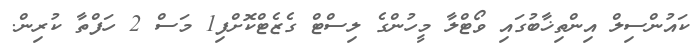
ކައުންސިލް އިންތިޚާބުގައި ވޯޓްލާ މީހުންގެ ލިސްޓް ގެޒެޓްކޮށްފި1 މަސް 2 ހަފްތާ ކުރިން.